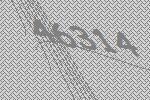
46314